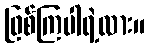
ဖြစ်ကြပါရဲ့လား။